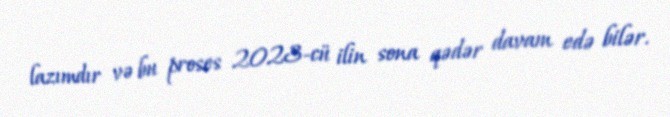
lazımdır və bu proses 2023-cü ilin sona qədər davam edə bilər.